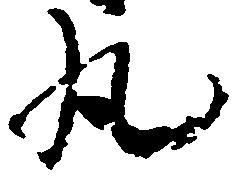
丸